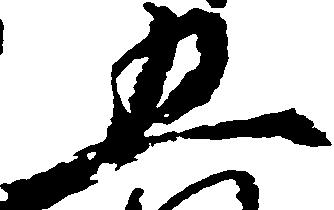
五